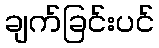
ချက်ခြင်းပင်